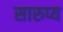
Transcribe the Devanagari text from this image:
सारुप्य